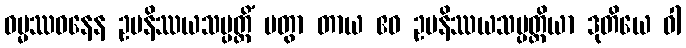
ဓမ္မဿဝနေန ဥပနိဿယသမ္ပတ္တိံ ပတွာ တာယ ဧဝ ဥပနိဿယသမ္ပတ္တိယာ ဒုတိယေ ဝါ